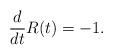
LaTeX: \begin{align*}\frac{d}{dt}R(t)=-1.\end{align*}